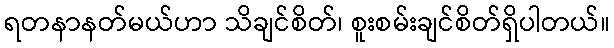
ရတနာနတ်မယ်ဟာ သိချင်စိတ်၊ စူးစမ်းချင်စိတ်ရှိပါတယ်။